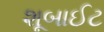
શૂબાઈટ